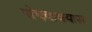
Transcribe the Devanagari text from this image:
पोचवावयास